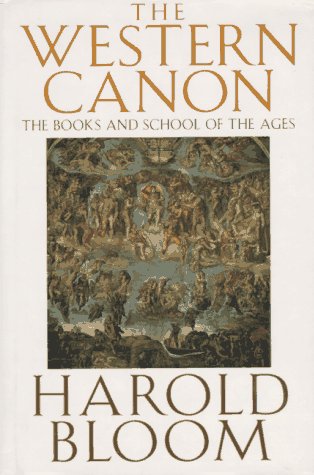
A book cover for The Western Canon: The Books and School of the Ages; Harold Bloom; Reference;